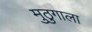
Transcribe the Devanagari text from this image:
मुठुगाला